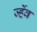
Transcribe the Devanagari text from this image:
र्ज्हेव